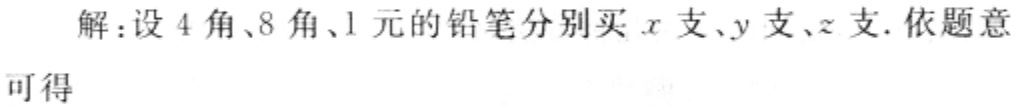
解：设\(4\)角、\(8\)角、\(1\)元的铅笔分别买\(x\)支、\(y\)支、\(z\)支. 依题意可得